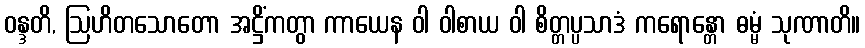
ဝန္ဒတိ, ဩဟိတသောတော အဋ္ဌိံကတွာ ကာယေန ဝါ ဝါစာယ ဝါ စိတ္တပ္ပသာဒံ ကရောန္တော ဓမ္မံ သုဏာတိ။